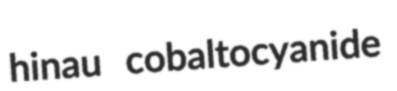
hinau cobaltocyanide